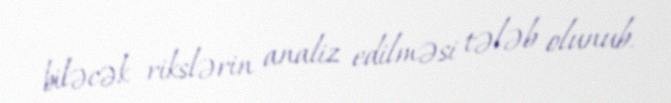
biləcək rikslərin analiz edilməsi tələb olunub.